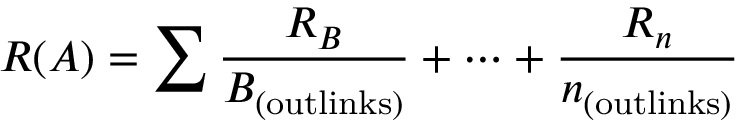
R ( A ) = \sum { \frac { R _ { B } } { B _ { \mathrm { ( o u t l i n k s ) } } } } + \cdots + { \frac { R _ { n } } { n _ { \mathrm { ( o u t l i n k s ) } } } }